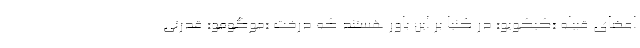
اعضای قبیله «کیکویو» در کنیا بر این باور هستند که درخت «موگومو» قدرتی